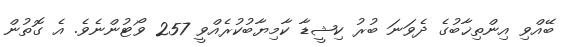
ބޭއްވި އިންތިޚާބުގެ ދެވަނަ ބުރު ކިޝީޑާ ކާމިޔާބުކުރެއްވީ 257 ވޯޓުންނެވެ. އެ ގޮތުން